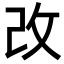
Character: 改